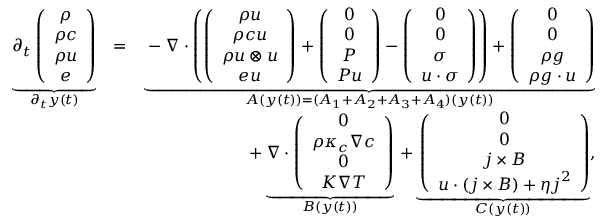
\begin{array} { r l r } { \underbrace { \partial _ { t } \left( \begin{array} { c } { \rho } \\ { \rho c } \\ { \rho \boldsymbol { u } } \\ { e } \end{array} \right) } _ { \partial _ { t } y ( t ) } } & { = } & { \underbrace { - \nabla \cdot \left( \left( \begin{array} { c } { \rho \boldsymbol { u } } \\ { \rho c \boldsymbol { u } } \\ { \rho \boldsymbol { u } \otimes \boldsymbol { u } } \\ { e \boldsymbol { u } } \end{array} \right) + \left( \begin{array} { c } { 0 } \\ { 0 } \\ { P } \\ { P \boldsymbol { u } } \end{array} \right) - \left( \begin{array} { c } { 0 } \\ { 0 } \\ { \sigma } \\ { \boldsymbol { u } \cdot \sigma } \end{array} \right) \right) + \left( \begin{array} { c } { 0 } \\ { 0 } \\ { \rho \boldsymbol { g } } \\ { \rho \boldsymbol { g } \cdot \boldsymbol { u } } \end{array} \right) } _ { A ( y ( t ) ) = ( A _ { 1 } + A _ { 2 } + A _ { 3 } + A _ { 4 } ) ( y ( t ) ) } } \\ & { } & { + \underbrace { \nabla \cdot \left( \begin{array} { c } { 0 } \\ { \rho \kappa _ { c } \nabla c } \\ { 0 } \\ { K \nabla T } \end{array} \right) } _ { B ( y ( t ) ) } \, + \underbrace { \left( \begin{array} { c } { 0 } \\ { 0 } \\ { \boldsymbol { j } \times \boldsymbol { B } } \\ { \boldsymbol { u } \cdot ( \boldsymbol { j } \times \boldsymbol { B } ) + \eta \boldsymbol { j } ^ { 2 } } \end{array} \right) } _ { C ( y ( t ) ) } , } \end{array}